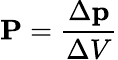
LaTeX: \mathbf{P}={\frac{\Delta\mathbf{p}}{\Delta V}}